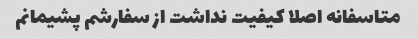
متاسفانه اصلا کیفیت نداشت از سفارشم پشیمانم